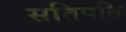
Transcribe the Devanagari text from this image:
सतिपति